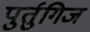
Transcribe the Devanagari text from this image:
पुर्तुगिज